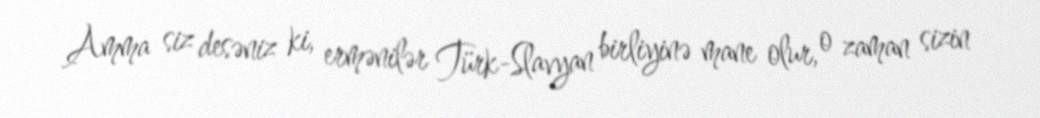
Amma siz desəniz ki, ermənilər Türk-Slavyan birliyinə mane olur, o zaman sizin